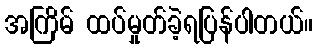
အကြိမ် ထပ်မှုတ်ခဲ့ရပြန်ပါတယ်။